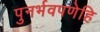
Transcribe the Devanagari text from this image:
पुनर्भवपणेहि